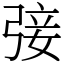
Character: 㢺